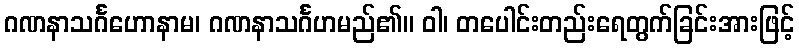
ဂဏနာသင်္ဂဟောနာမ၊ ဂဏနာသင်္ဂဟမည်၏။ ဝါ၊ တပေါင်းတည်းရေတွက်ခြင်းအားဖြင့်